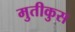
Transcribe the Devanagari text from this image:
मुतीकुस